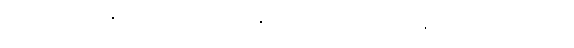
ယထာလာဘသန္တောသော, ယထာဗလသန္တောသော, ယထာသာရုပ္ပသန္တောသောတိ တိဝိဓော။ ဧဝံ